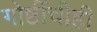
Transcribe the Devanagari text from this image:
गोष्टींचीही